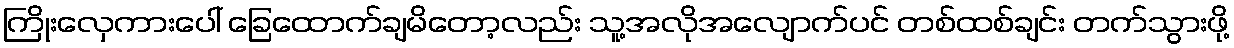
ကြိုးလှေကားပေါ် ခြေထောက်ချမိတော့လည်း သူ့အလိုအလျောက်ပင် တစ်ထစ်ချင်း တက်သွားဖို့